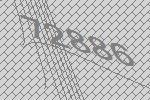
72886